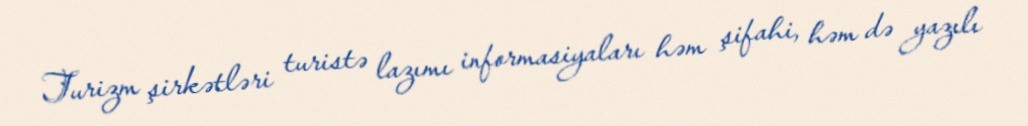
Turizm şirkətləri turistə lazımı informasiyaları həm şifahi, həm də yazılı